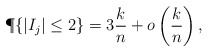
\begin{align*}\P \{|I_j| \leq 2 \}= 3\frac{k}{n} + o \left( \frac{k}{n} \right),\end{align*}